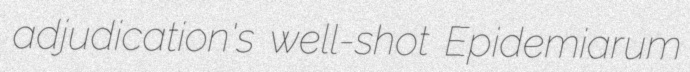
adjudication's well-shot Epidemiarum